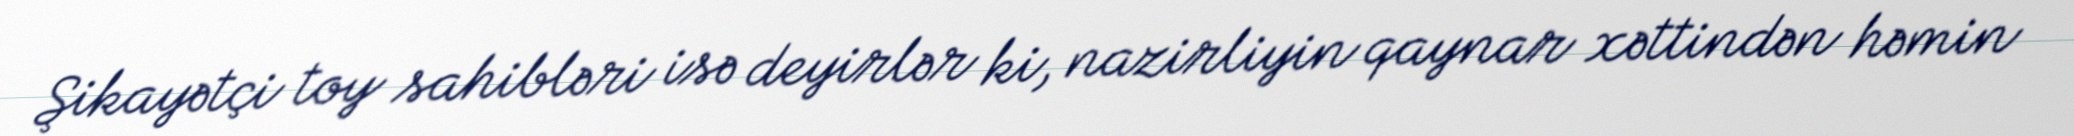
Şikayətçi toy sahibləri isə deyirlər ki, nazirliyin qaynar xəttindən həmin